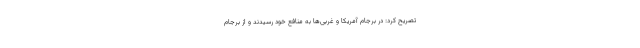
تصریح کرد: در برجام آمریکا و غربی‌ها به منافع خود رسیدند و از برجام